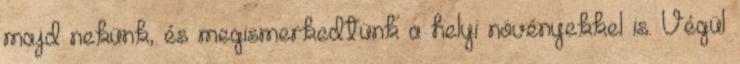
majd nekünk, és megismerkedtünk a helyi növényekkel is. Végül